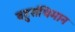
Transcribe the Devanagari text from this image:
बहुसंधिमान